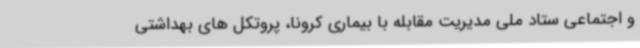
و اجتماعی ستاد ملی مدیریت مقابله با بیماری کرونا، پروتکل های بهداشتی